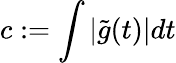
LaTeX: c:=\int|\tilde{g}(t)|dt